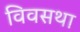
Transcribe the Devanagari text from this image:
विवसथा